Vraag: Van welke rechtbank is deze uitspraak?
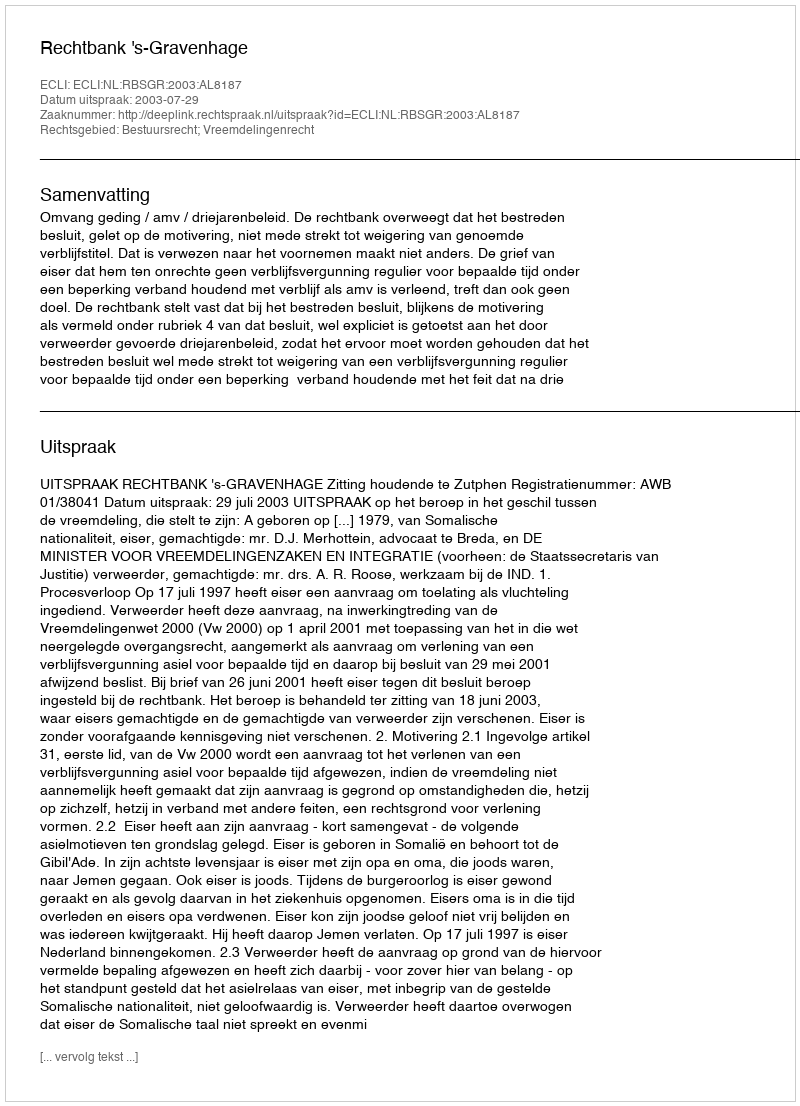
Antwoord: Rechtbank 's-Gravenhage